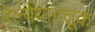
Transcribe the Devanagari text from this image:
रेल्वेवाहतूक